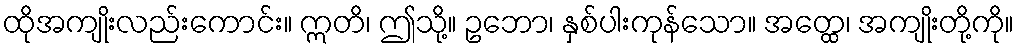
ထိုအကျိုးလည်းကောင်း။ ဣတိ၊ ဤသို့။ ဥဘော၊ နှစ်ပါးကုန်သော။ အတ္ထေ၊ အကျိုးတို့ကို။